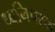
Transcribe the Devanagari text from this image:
ध्वनिपरक